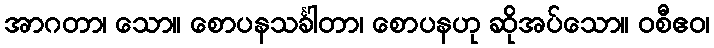
အာဂတာ၊ သော။ စောပနသင်္ခါတာ၊ စောပနဟု ဆိုအပ်သော။ ဝစီဧဝ၊